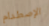
الإصطدام